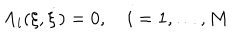
LaTeX: \Lambda _ { i } ( \xi , \dot { \xi } ) = 0 , \quad i = 1 , \dots , M